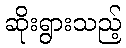
ဆိုးရွားသည့်